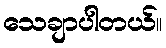
သေချာပါတယ်။